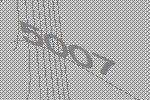
5007